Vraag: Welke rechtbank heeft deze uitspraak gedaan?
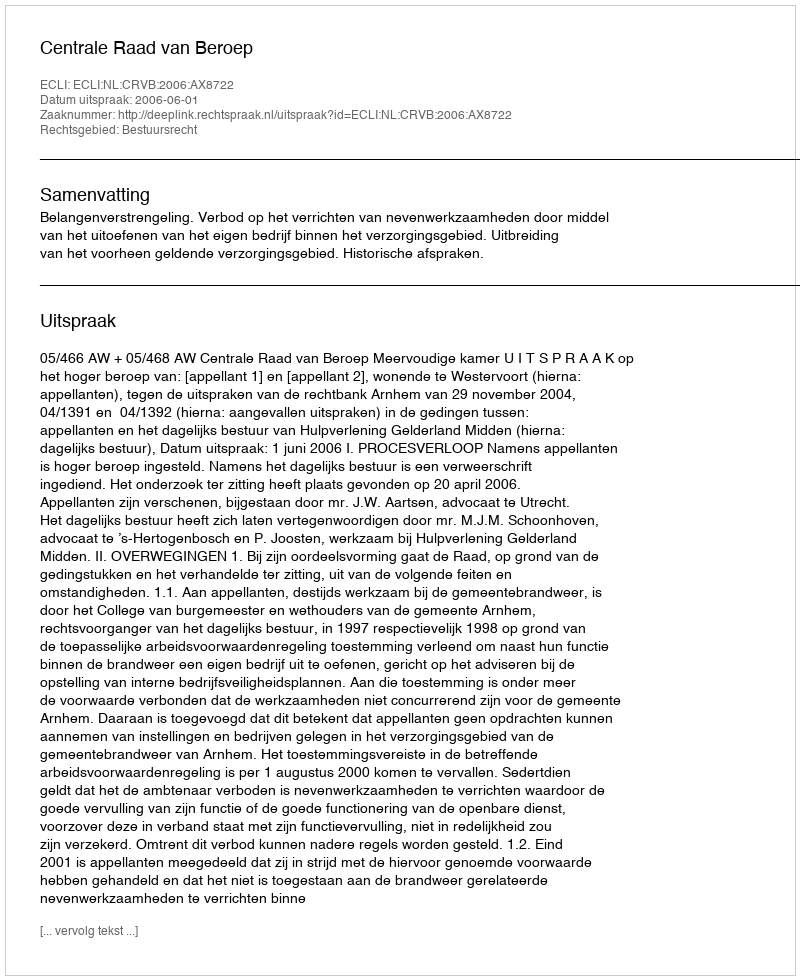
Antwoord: Centrale Raad van Beroep